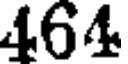
464